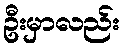
ဦးမှာလည်း